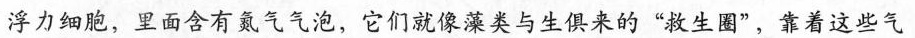
浮力细胞，里面含有氮气气泡，它们就像藻类与生俱来的”救生圈”，靠着这些气